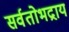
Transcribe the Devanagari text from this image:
सर्वतोभद्राय